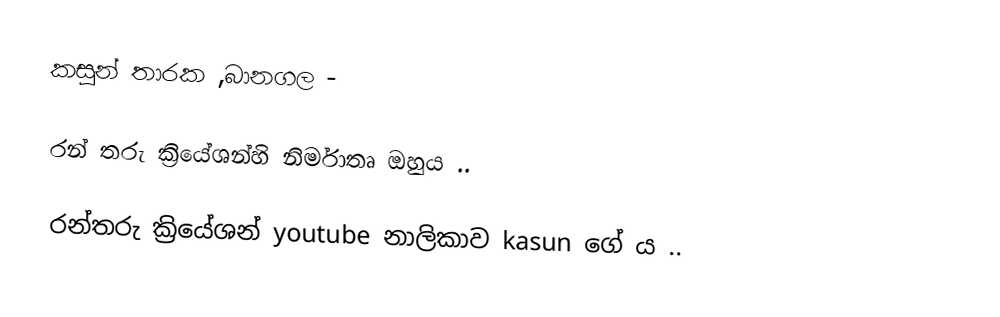
කසුන් තාරක ,බානගල -

රන් තරු ක්‍රියේශන්හි නිර්මාතෘ ඔහුය ..

රන්තරු ක්‍රියේශන් youtube නාලිකාව kasun ගේ ය ..